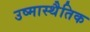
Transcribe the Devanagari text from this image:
उष्मास्थैतिक